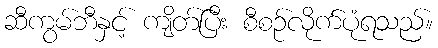
ဆီကွမ်ဘီနှင့် ကျိတ်ပြီး စီစဉ်လိုက်ပုံရသည်။